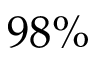
9 8 \%